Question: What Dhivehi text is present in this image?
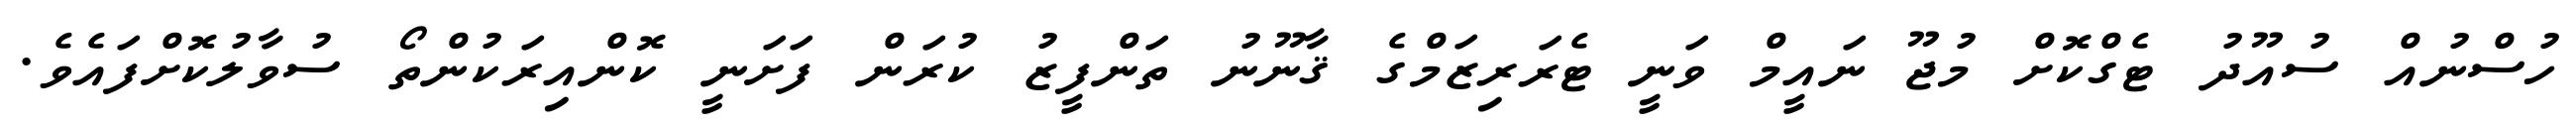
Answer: ހުސްނުއް ސުއޫދު ޓެގްކޮށް މުޖޫ ނައީމް ވަނީ ޓެރަރިޒަމްގެ ޤާނޫނު ތަންފީޒު ކުރަން ފަށަނީ ކޮންއިރަކުންތޯ ސުވާލުކޮށްފައެވެ.